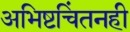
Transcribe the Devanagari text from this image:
अभिष्टचिंतनही